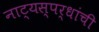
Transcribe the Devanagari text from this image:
नाट्यस्पर्धांची